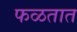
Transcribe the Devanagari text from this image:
फळतात